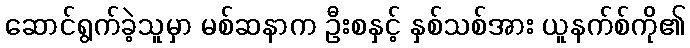
ဆောင်ရွက်ခဲ့သူမှာ မစ်ဆနာက ဦးစနှင့် နှစ်သစ်အား ယူနက်စ်ကို၏